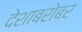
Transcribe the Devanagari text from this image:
देशाबरोबर